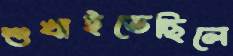
শুখাইতেছিলে